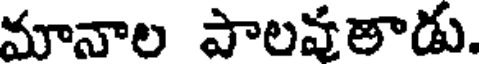
మానాల పాలవతాడు.